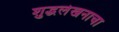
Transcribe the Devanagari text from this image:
शुद्धलेखनाचा